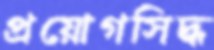
প্রয়োগসিদ্ধ